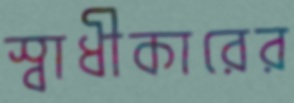
স্বাধীকারের